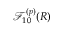
\mathcal { F } _ { 1 0 } ^ { ( p ) } ( R )